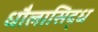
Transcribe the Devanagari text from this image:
धौलासिद्ध